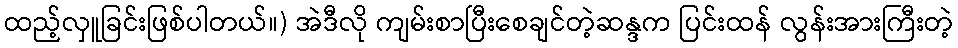
ထည့်လှူခြင်းဖြစ်ပါတယ်။) အဲဒီလို ကျမ်းစာပြီးစေချင်တဲ့ဆန္ဒက ပြင်းထန် လွန်းအားကြီးတဲ့